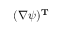
( \nabla \psi ) ^ { \mathbf { T } }